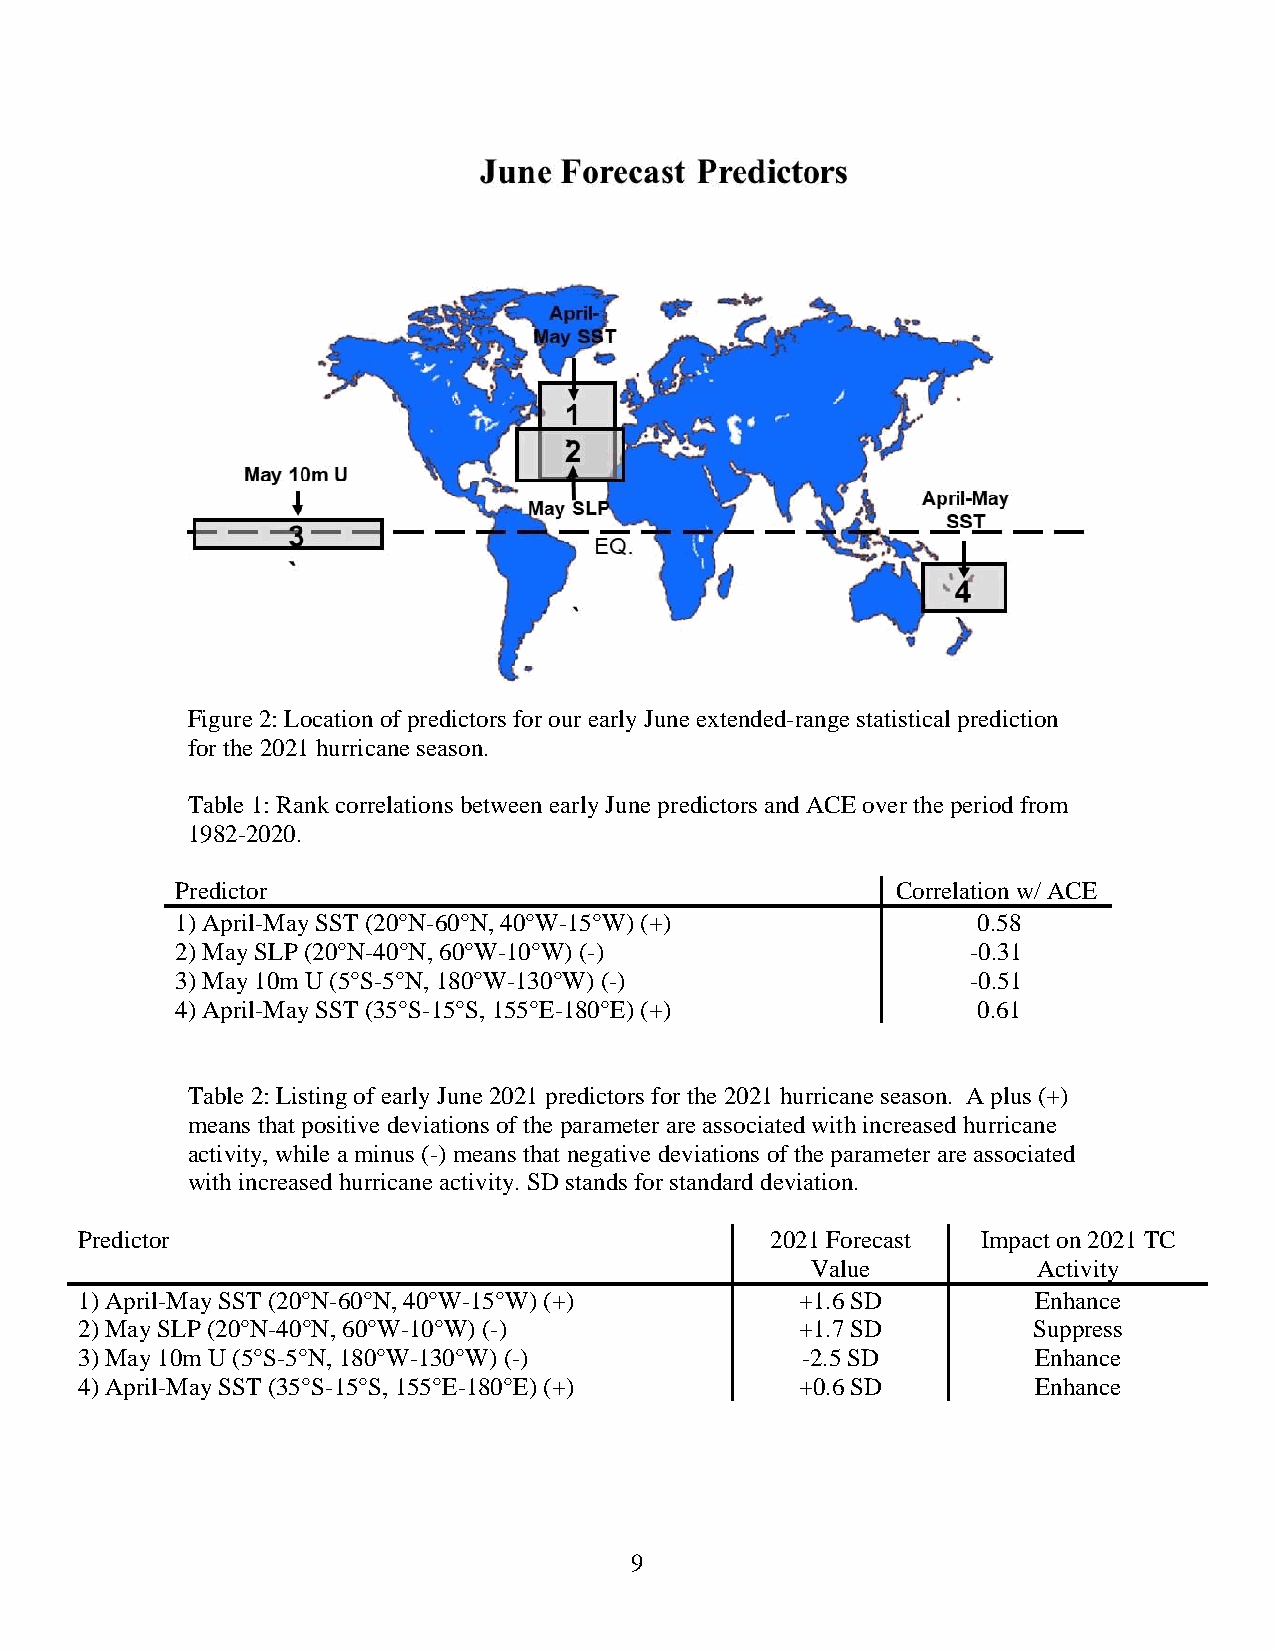
Figure 2: Location of predictors for our early June extended-range statistical prediction
 for the 2021 hurricane season.
 Table 1: Rank correlations between early June predictors and ACE over the period from
 1982-2020.
 Predictor                                      Correlation w/ ACE
 1) April-May SST (20°N-60°N, 40°W-15°W) (+)          0.58
 2) May SLP (20°N-40°N, 60°W-10°W) (-)               -0.31
 3) May 10m U (5°S-5°N, 180°W-130°W) (-)             -0.51
 4) April-May SST (35°S-15°S, 155°E-180°E) (+)        0.61
 Table 2: Listing of early June 2021 predictors for the 2021 hurricane season. A plus (+)
 means that positive deviations of the parameter are associated with increased hurricane
 activity, while a minus (-) means that negative deviations of the parameter are associated
 with increased hurricane activity. SD stands for standard deviation.
 Predictor                                     2021 Forecast Impact on 2021 TC
 Value          Activity
 1) April-May SST (20°N-60°N, 40°W-15°W) (+)     +1.6 SD         Enhance
 2) May SLP (20°N-40°N, 60°W-10°W) (-)           +1.7 SD        Suppress
 3) May 10m U (5°S-5°N, 180°W-130°W) (-)         -2.5 SD         Enhance
 4) April-May SST (35°S-15°S, 155°E-180°E) (+)   +0.6 SD         Enhance
 9